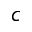
c